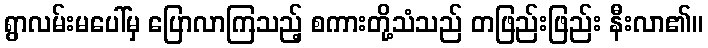
ရွာလမ်းမပေါ်မှ ပြောလာကြသည့် စကားတို့သံသည် တဖြည်းဖြည်း နီးလာ၏။